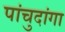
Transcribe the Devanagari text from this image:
पांचुदांगा